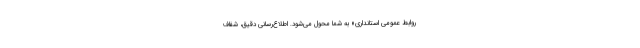
روابط عمومی استانداری» به شما محول می‌شود. اطلاع‌رسانی دقیق، شفاف